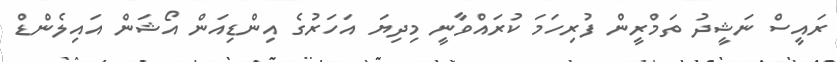
ރައީސް ނަޝީދު ތަމްރީން ފުރިހަމަ ކުރައްވާނީ މިދިޔަ އަހަރުގެ އިންޑިއަން އޯޝަން އައިލެންޑް